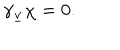
\gamma _ { \underline { { { v } } } } \chi = 0 .